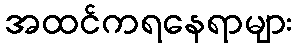
အထင်ကရနေရာများ